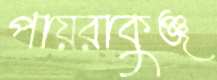
পায়রাকুঞ্জ